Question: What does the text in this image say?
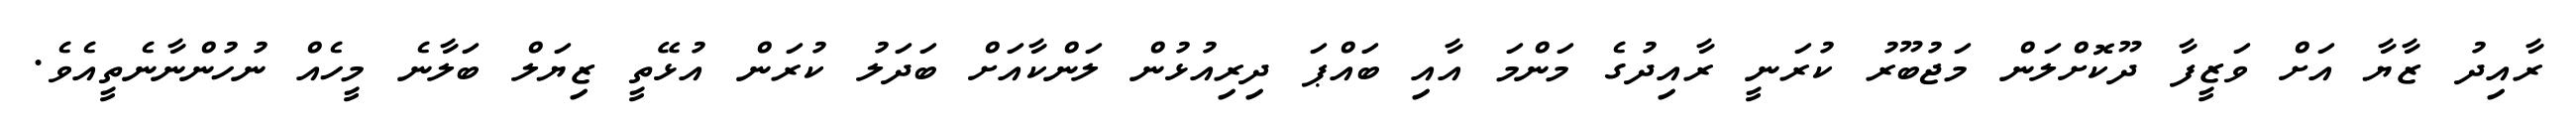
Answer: ރާއިދު ޒާޔާ އަށް ވަޒީފާ ދޫކޮށްލަން މަޖުބޫރު ކުރަނީ ރާއިދުގެ މަންމަ އާއި ބައްޕަ ދިރިއުޅުން ލަންކާއަށް ބަދަލު ކުރަން އުޅޭތީ ޒިޔަލް ބަލާނެ މީހެއް ނުހުންނާނެތީއެވެ.